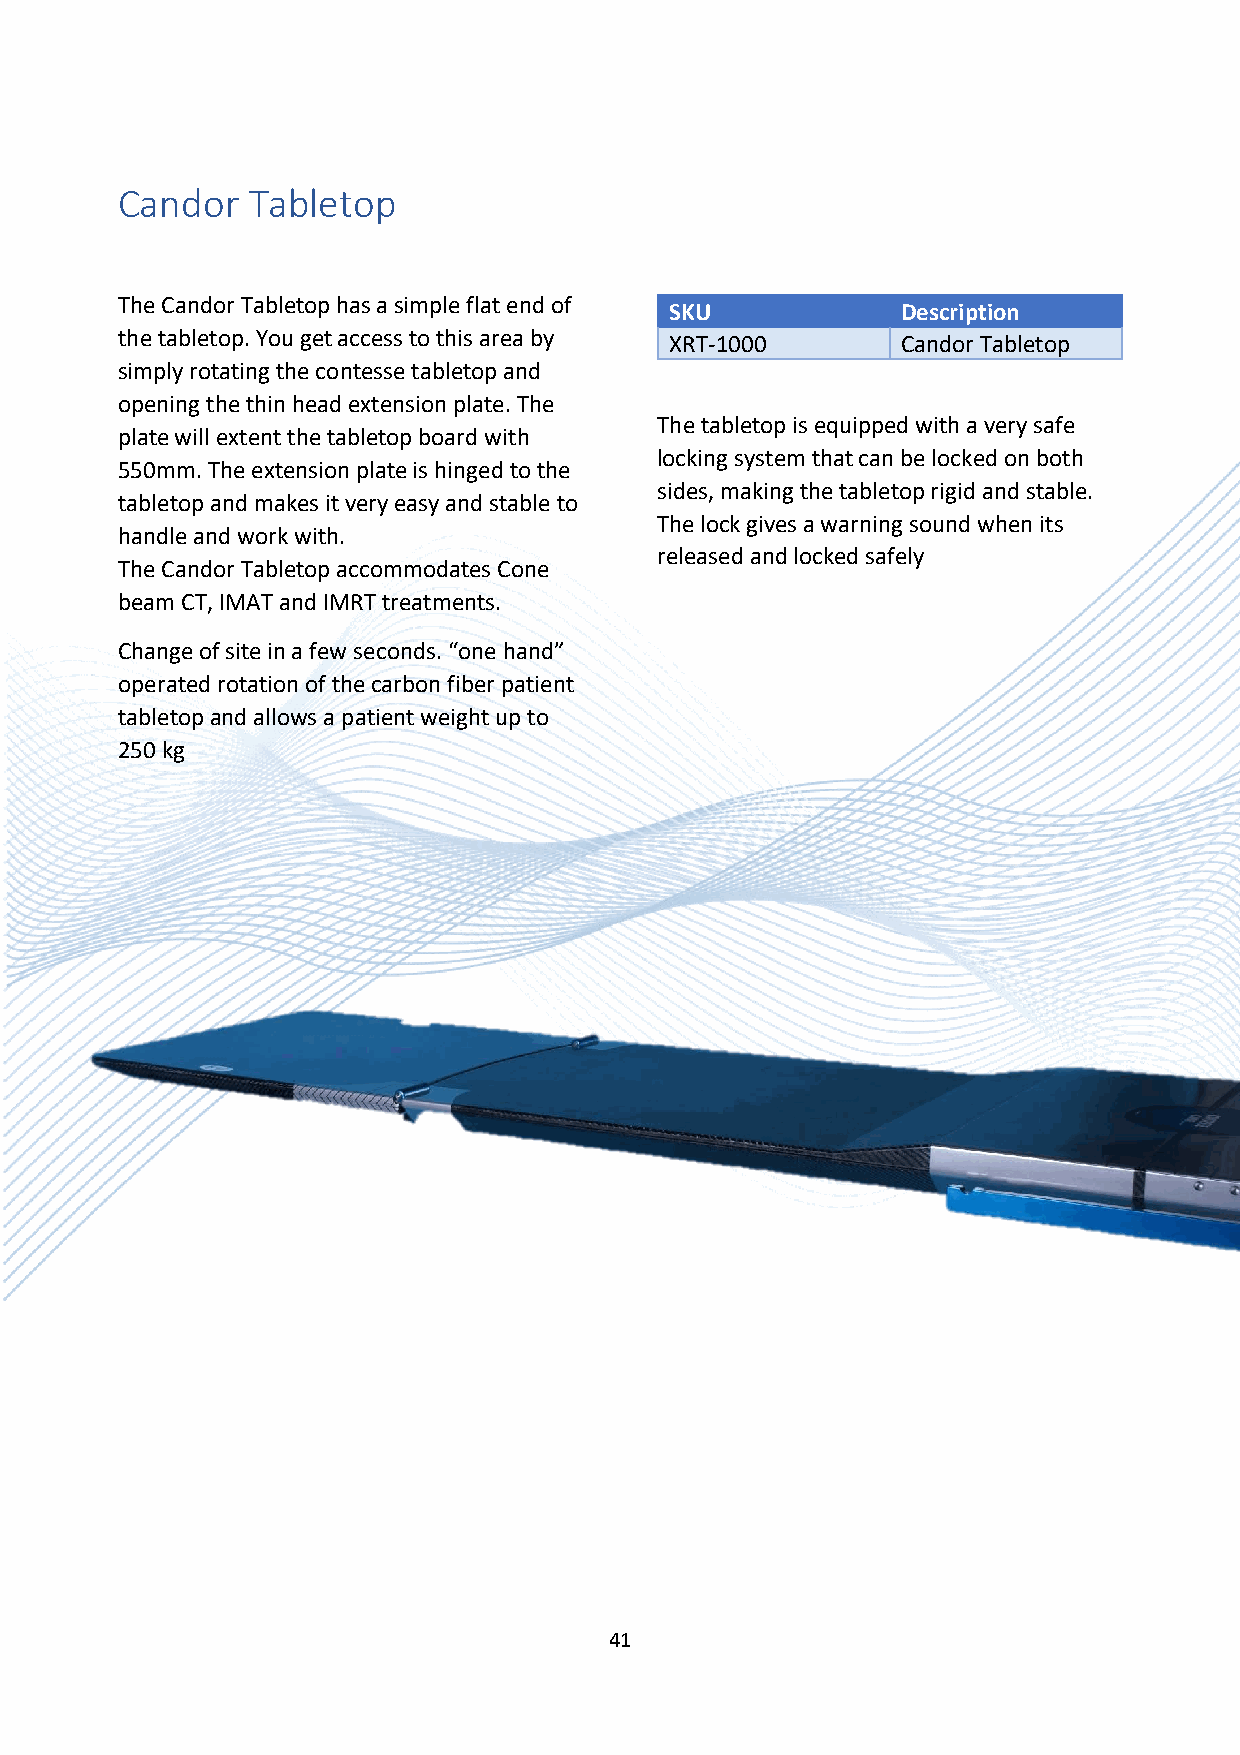
Candor  Tabletop
 The Candor Tabletop has a simple flat end of
 SKU             Description
 the tabletop. You get access to this area by XRT-1000 Candor Tabletop
 simply rotating the contesse tabletop and
 opening the thin head extension plate. The
 The tabletop is equipped with a very safe
 plate will extent the tabletop board with
 locking system that can be locked on both
 550mm. The extension plate is hinged to the
 sides, making the tabletop rigid and stable.
 tabletop and makes it very easy and stable to
 The lock gives a warning sound when its
 handle and work with.
 released and locked safely
 The Candor Tabletop accommodates Cone
 beam CT, IMAT and IMRT treatments.
 Change of site in a few seconds. “one hand”
 operated rotation of the carbon fiber patient
 tabletop and allows a patient weight up to
 250 kg
 41